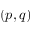
( p , q )